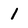
Character: 1